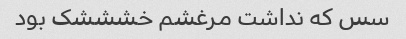
سس که نداشت مرغشم خشششک بود